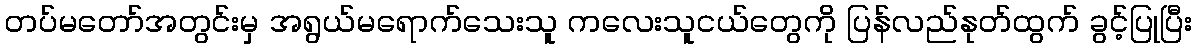
တပ်မတော်အတွင်းမှ အရွယ်မရောက်သေးသူ ကလေးသူငယ်တွေကို ပြန်လည်နုတ်ထွက် ခွင့်ပြုပြီး